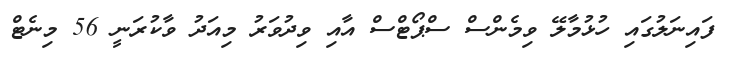
ފައިނަލުގައި ހުޅުމާލޭ ވިމެންސް ސްޕޯޓްސް އާއި ވިދުވަރު މިއަދު ވާކުރަނީ 56 މިނެޓް